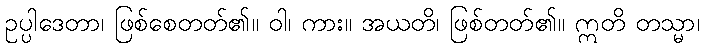
ဥပ္ပါဒေတာ၊ ဖြစ်စေတတ်၏။ ဝါ၊ ကား။ အယတိ၊ ဖြစ်တတ်၏။ ဣတိ တသ္မာ၊